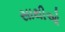
સાથીઓ